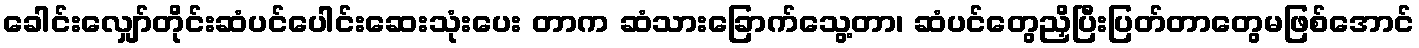
ခေါင်းလျှော်တိုင်းဆံပင်ပေါင်းဆေးသုံးပေး တာက ဆံသားခြောက်သွေ့တာ၊ ဆံပင်တွေညှိပြီးပြတ်တာတွေမဖြစ်အောင်